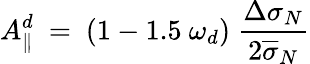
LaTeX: A_{\| }^{d}~=~(1-1.5~\omega_{d})~\frac{\Delta\sigma_{N}}{2{\overline{{\sigma}}_{N}}}